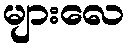
များလေ